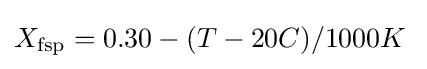
X_{\text{fsp}}=0.30-(T-20C)/1000K\;